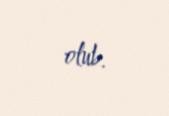
olub.